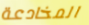
المخادعة